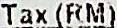
TAX (RM)